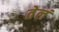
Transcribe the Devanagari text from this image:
तेलं